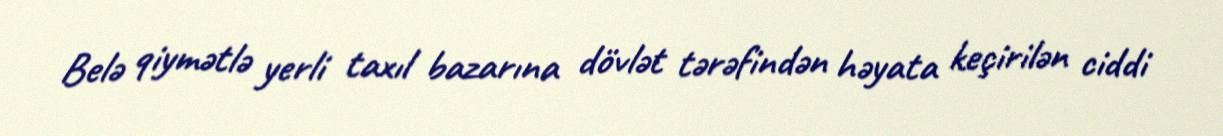
Belə qiymətlə yerli taxıl bazarına dövlət tərəfindən həyata keçirilən ciddi